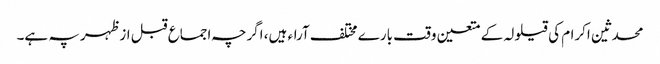
محدثین اکرام کی قیلولہ کے متعین وقت بارے مختلف آراء ہیں، اگرچہ اجماع قبل ازظہر پہ ہے۔